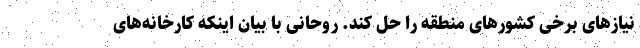
نیازهای برخی کشورهای منطقه را حل کند. روحانی با بیان اینکه کارخانه‌های